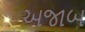
અજાબ